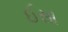
ઈસા